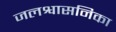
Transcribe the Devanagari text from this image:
जलश्वासनिका